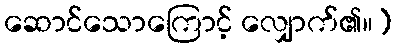
ဆောင်သောကြောင့် လျှောက်၏။)